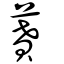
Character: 蕡